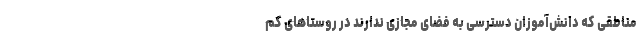
مناطقی که دانش‌آموزان دسترسی به فضای مجازی ندارند در روستاهای کم‌